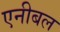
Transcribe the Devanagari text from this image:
एनीबल